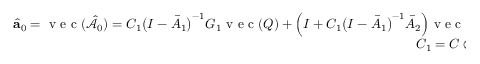
\begin{array} { r } { \hat { \mathbf { a } } _ { 0 } = \mathrm { ~ v ~ e ~ c ~ } ( \hat { \mathcal { A } } _ { 0 } ) = C _ { 1 } \big ( I - \bar { A } _ { 1 } \big ) ^ { - 1 } G _ { 1 } \mathrm { ~ v ~ e ~ c ~ } ( Q ) + \Big ( I + C _ { 1 } \big ( I - \bar { A } _ { 1 } \big ) ^ { - 1 } \bar { A } _ { 2 } \Big ) \mathrm { ~ v ~ e ~ c ~ } ( R ) , } \\ { C _ { 1 } = C \otimes C , } \end{array}